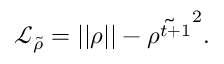
\mathcal { L } _ { \tilde { \rho } } = \left| \left| \rho \right| \right| - \tilde { \rho ^ { t + 1 } } ^ { 2 } .